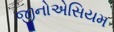
જીનોએસિયમ